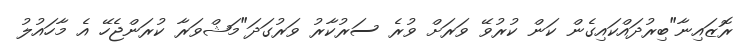
ރޮޒައިނާ"ބިރުދައްކައިގެން ކަން ކުރުވޭ ވަރަށް ވުރެ ސަރުކާރު ވަރުގަދަ"މަޝްވަރާ ކުރަންޖެހޭ އެ މާހައުލު